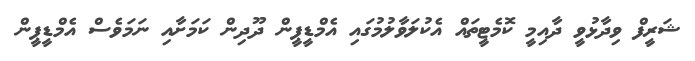
ޝަރީފް ވިދާޅުވީ ދާއިމީ ކޮމެޓީތައް އެކުލަވާލުމުގައި އެމްޑީޕީން ދޫދިން ކަމަށާއި ނަމަވެސް އެމްޑީޕީން